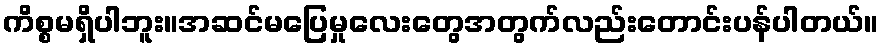
ကိစ္စမရှိပါဘူး။အဆင်မပြေမှုလေးတွေအတွက်လည်းတောင်းပန်ပါတယ်။